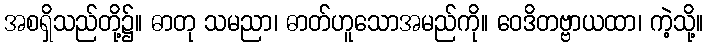
အစရှိသည်တို့၌။ ဓာတု သမညာ၊ ဓာတ်ဟူသောအမည်ကို။ ဝေဒိတဗ္ဗာယထာ၊ ကဲ့သို့။